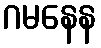
ဂမနေန